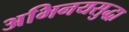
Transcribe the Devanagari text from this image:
अभिनयसुद्धा